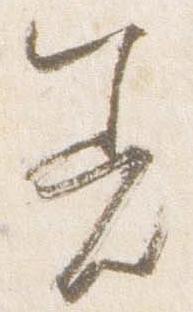
着